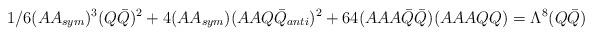
LaTeX: \begin{align*}1/6 (AA_{sym})^3 (Q{\bar Q})^2 + 4 (AA_{sym})(AAQ{\bar Q}_{anti})^2 + 64 (AAA{\bar Q}{\bar Q}) (AAAQQ) =\Lambda^{8}(Q{\bar Q})\end{align*}